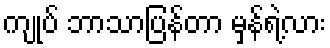
ကျုပ် ဘာသာပြန်တာ မှန်ရဲ့လား